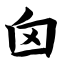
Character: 囟